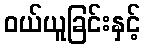
ဝယ်ယူခြင်းနှင့်